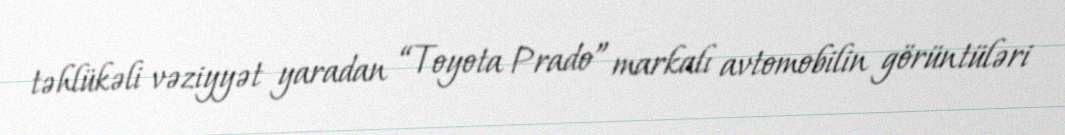
təhlükəli vəziyyət yaradan “Toyota Prado” markalı avtomobilin görüntüləri